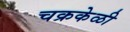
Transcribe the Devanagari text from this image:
चक्रकेळी